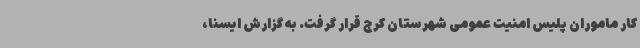
کار ماموران پلیس امنیت عمومی شهرستان کرج قرار گرفت. به گزارش ایسنا،